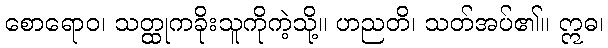
စောရောဝ၊ သတ္ထုကခိုးသူကိုကဲ့သို့။ ဟညတိ၊ သတ်အပ်၏။ ဣဓ၊